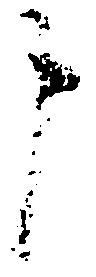
申